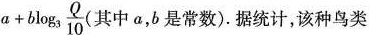
$$a+b \log _{3}\frac{Q}{10}$$ (其中a，b是常数).据统计，该种鸟类